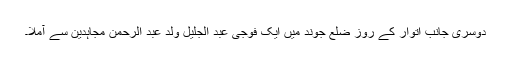
دوسری جانب اتوار کے روز ضلع جوند میں ایک فوجی عبد الجلیل ولد عبد الرحمن مجاہدین سے آملا۔